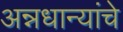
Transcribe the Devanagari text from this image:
अन्नधान्यांचे